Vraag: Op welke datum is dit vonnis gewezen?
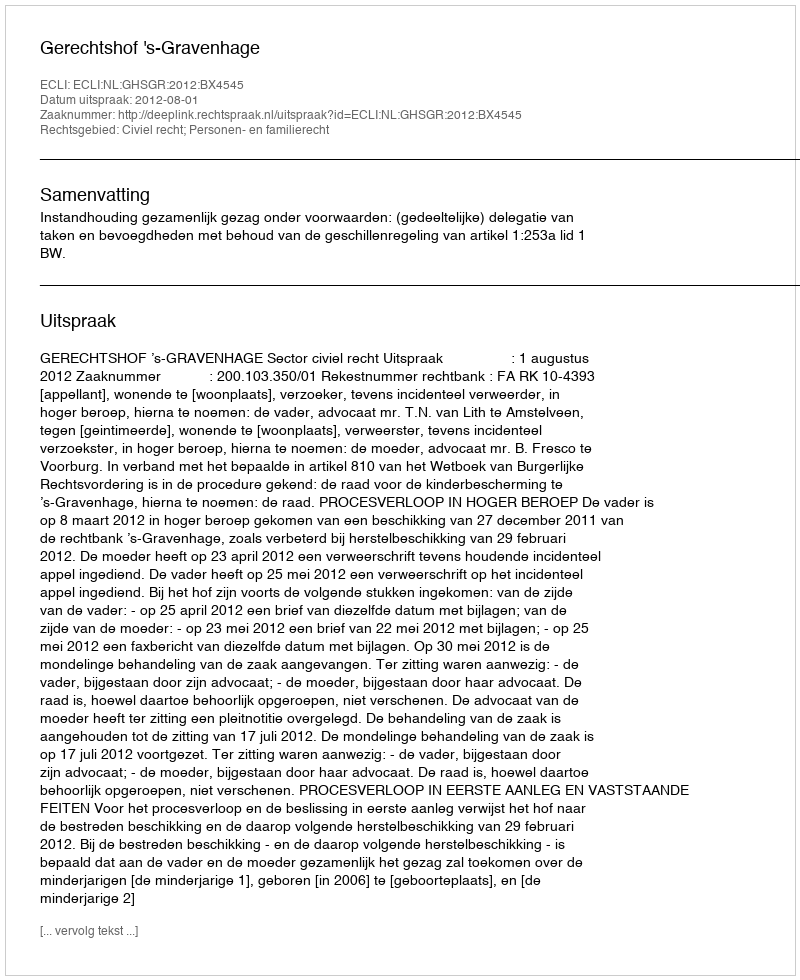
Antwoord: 2012-08-01